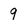
Character: 9